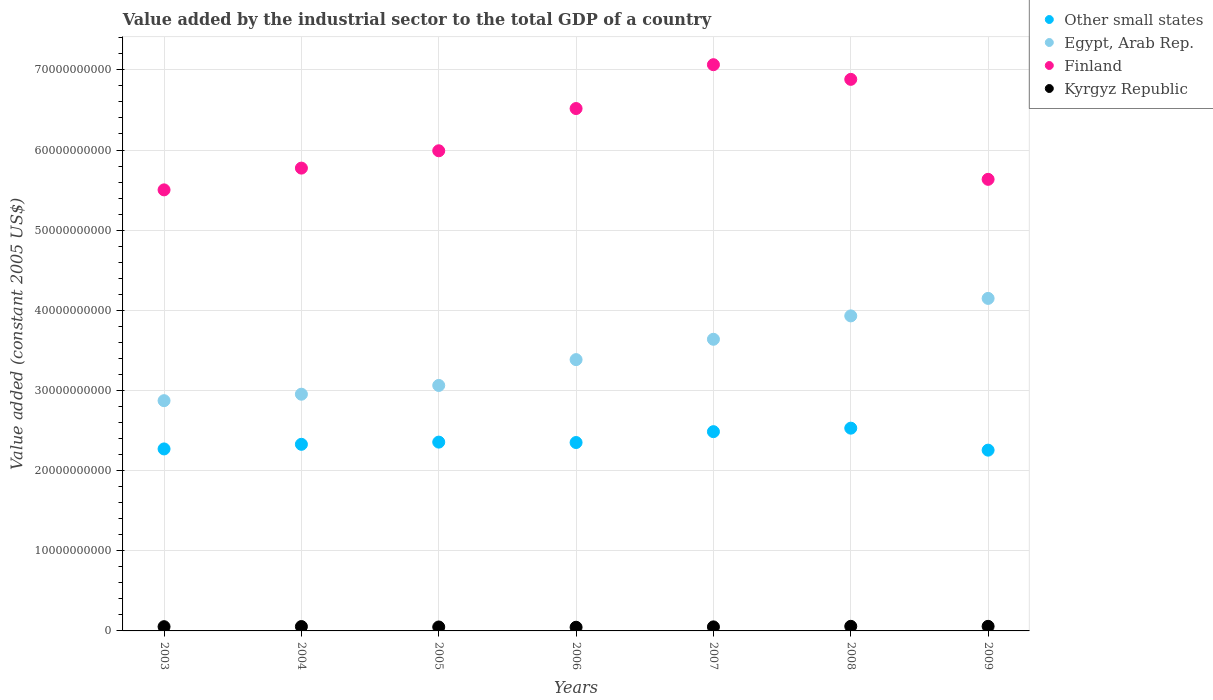
| Years | Other small states | Egypt, Arab Rep. | Finland | Kyrgyz Republic |
 | --- | --- | --- | --- | --- |
 | 2003 | 2.27e+10 | 2.87e+10 | 5.5e+10 | 5.29e+08 |
 | 2004 | 2.33e+10 | 2.95e+10 | 5.77e+10 | 5.45e+08 |
 | 2005 | 2.36e+10 | 3.06e+10 | 5.99e+10 | 4.91e+08 |
 | 2006 | 2.35e+10 | 3.38e+10 | 6.52e+10 | 4.57e+08 |
 | 2007 | 2.49e+10 | 3.64e+10 | 7.06e+10 | 5.04e+08 |
 | 2008 | 2.53e+10 | 3.93e+10 | 6.88e+10 | 5.74e+08 |
 | 2009 | 2.26e+10 | 4.15e+10 | 5.63e+10 | 5.72e+08 |